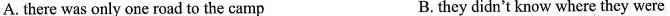
A.there was only one road to the camp B.they didn't know where they were